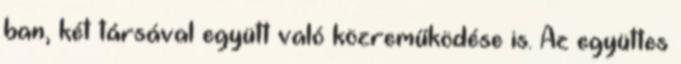
ban, két társával együtt való közreműködése is. Az együttes